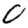
Digit: 0